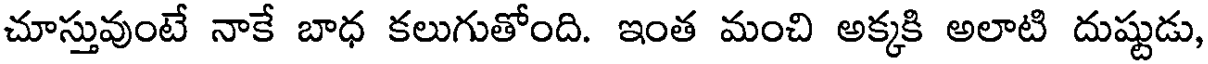
చూస్తువుంటే నాకే బాధ కలుగుతోంది. ఇంత మంచి అక్కకి అలాటి దుష్టుడు,